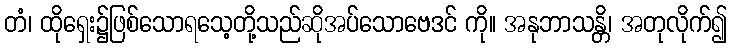
တံ၊ ထိုရှေး၌ဖြစ်သောရသေ့တို့သည်ဆိုအပ်သောဗေဒင် ကို။ အနုဘာသန္တိ၊ အတုလိုက်၍